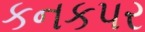
કનકપર